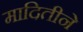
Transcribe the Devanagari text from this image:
मादितीने